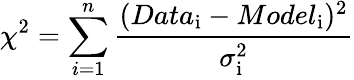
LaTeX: \chi^{2}=\sum_{i=1}^{n}\frac{(Data_{\mathrm{i}}-Model_{\mathrm{i}})^{2}}{\sigma_{\mathrm{i}}^{2}}